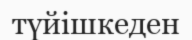
түйішкеден